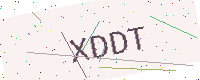
Text: XDDT